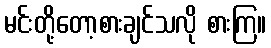
မင်းတို့တော့စားချင်သလို စားကြ။